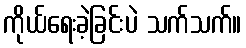
ကိုယ်ရေးခဲ့ခြင်းပဲ သက်သက်။